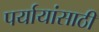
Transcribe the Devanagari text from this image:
पर्यायांसाठी